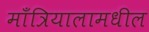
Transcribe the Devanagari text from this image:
माँत्रियालामधील